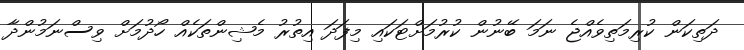
ދަތިކަން ކުރިމަތިވެއްޖެ ނަމަ ބޭނުން ކުރުމަށްޓަކައި މިފަދަ އިތުރު މެޝިންތަކެއް ހޯދުމަށް ވިސްނަމުންދާ